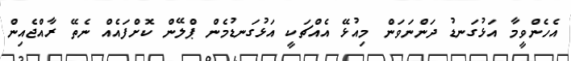
އެހެންވީމާ އަޅުގަނޑު ދަންނަވަން މިއުޅޭ އެއްޗަކީ އަޅުގަނޑުމެން ޕްލޭން ކޮށްފައެއް ނެތޭ ރާއްޖެއިން